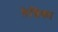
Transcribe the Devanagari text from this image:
लेग्निका